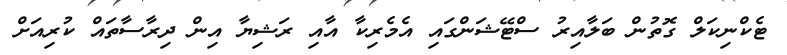
ޓެކްނިކަލް ގޮތުން ބަލާއިރު ސްޓޭޝަންގައި އެމެރިކާ އާއި ރަޝިޔާ އިން ދިރާސާތައް ކުރިއަށް